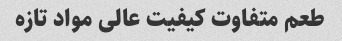
طعم متفاوت کیفیت عالی مواد تازه